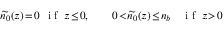
\widetilde { n _ { 0 } } ( z ) \! = \! 0 \: \: \mathrm { ~ i ~ f ~ } \: z \! \le \! 0 , \qquad 0 \! < \! \widetilde { n _ { 0 } } ( z ) \! \le \! n _ { b } \quad \mathrm { ~ i ~ f ~ } \: z \! > \! 0